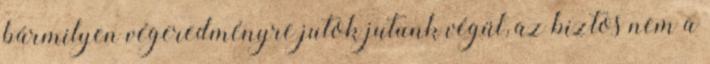
bármilyen végeredményre jutok jutunk végül, az biztos nem a